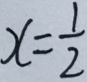
x = \frac { 1 } { 2 }